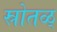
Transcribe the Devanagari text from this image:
स्रोतळ्